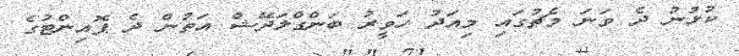
ކުޅުނު ދެ ވަނަ މެޗުގައި މިއަދު ހަވީރު ބަންގްލަދޭޝް އަތުން ދެ ޕޮއިންޓުގެ